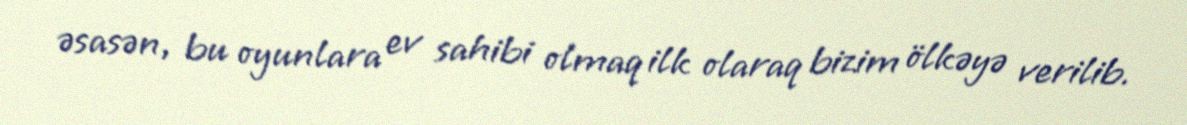
əsasən, bu oyunlara ev sahibi olmaq ilk olaraq bizim ölkəyə verilib.